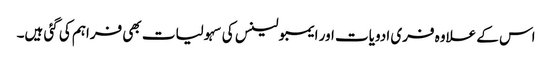
اس کے علاوہ فری ادویات اور ایمبولینس کی سہولیات بھی فراہم کی گئی ہیں۔